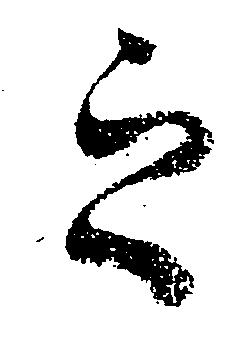
之